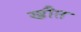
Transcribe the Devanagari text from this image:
ख्रौत